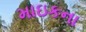
માઇકના